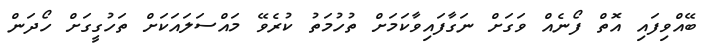
ބޭއްވިފައި އޮތް ފޯނެއް ވަގަށް ނަގާފައިވާކަމަށް ތުހުމަތު ކުރެވޭ މައްސަލައަކަށް ތަހުގީގަށް ހޯދަން